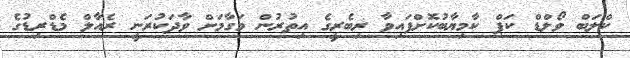
ކްލަބް ވޯލްޑް ކަޕް ކާމިޔާބުކޮށްފައިވާ ރިބެރީގެ އިތުރުން މަގާމަށް ވާދަކުރަނީ ރެއާލް މެޑްރިޑުގެ